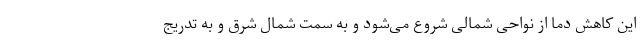
این کاهش دما از نواحی شمالی شروع می‌شود و به سمت شمال شرق و به تدریج